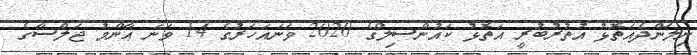
ނިލަންދެއަތޮޅު އުތުރުބުރީ އަތޮޅު ކައުންސިލްގެ 2020 ވަނައަހަރުގެ 14 ވަނަ ޢާންމު ޖަލްސާގެ